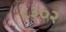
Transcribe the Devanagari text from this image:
८३०२